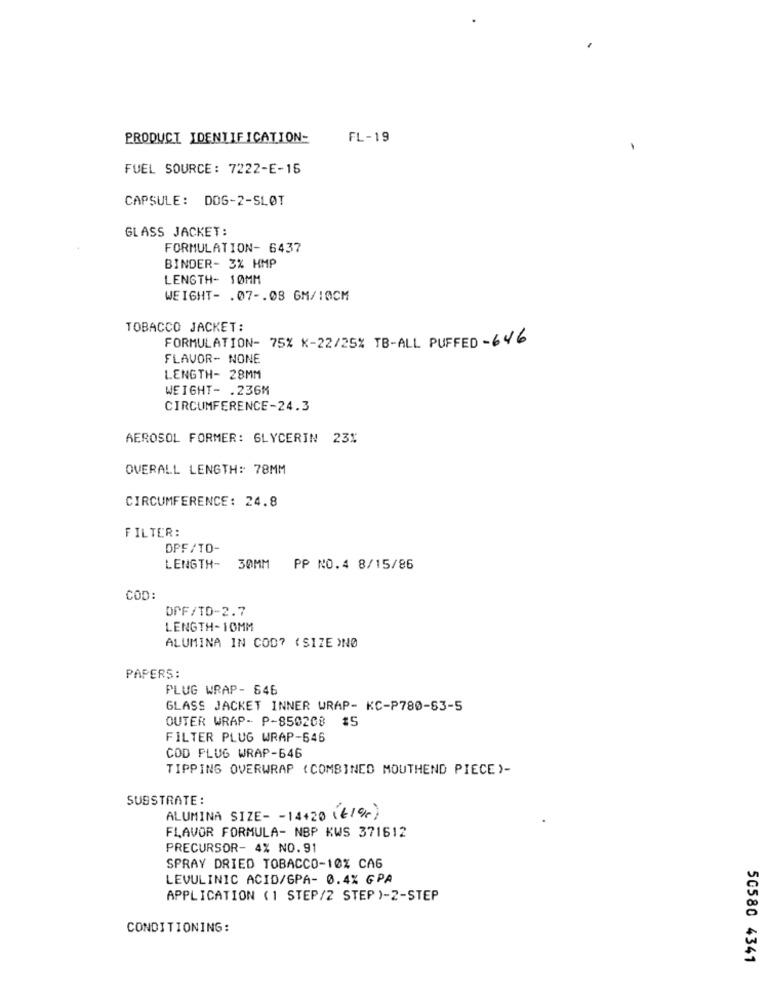
PRODUCT IDENTIFICATION-
FL-19
FUEL SOURCE: 7222-E-15
CAPSULE: DOS-2-SLOT
GLASS JACKET:
FORMULATION- 6437
BINDER- 3% HMP
LENGTH- 10MM
WEIGHT- . 07 -. 08 GM/10CM
TOBACCO JACKET:
FORMULATION- 75% K-22/25% TB-ALL PUFFED - 646
FLAVOR- NONE
LENGTH- 28MM
WEIGHT- . 236M
CIRCUMFERENCE-24.3
AEROSOL FORMER: GLYCERIN 23%
OVERALL LENGTH: 78MM
CIRCUMFERENCE: 24.8
FILTER:
DPF/TO-
LENGTH- 30MM PP NO.4 8/15/86
COD:
DPF/TD-2.7
LENGTH-10MM
ALUMINA IN COD? ( SIZE )NØ
PAPERS:
PLUG WRAP- 646
GLASS JACKET INNER WRAP- KC-P780-63-5
OUTER WRAP- P-850208 #5
FILTER PLUG WRAP-646
COD PLUG WRAP-646
TIPPING OVERWRAP (COMBINED MOUTHEND PIECE )-
SUBSTRATE :
ALUMINA SIZE- - 14+20 (€1%)
FLAVOR FORMULA- NBP KWS 371612
PRECURSOR- 4% NO.91
SPRAY DRIED TOBACCO-10% CAG
LEVULINIC ACID/GPA- 0.4% GPA
APPLICATION (1 STEP/2 STEP )-2-STEP
CONDITIONING:
50580 4341